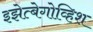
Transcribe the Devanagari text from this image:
इझेत्बेगोव्हिश